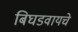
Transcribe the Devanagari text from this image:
बिघडवायचे